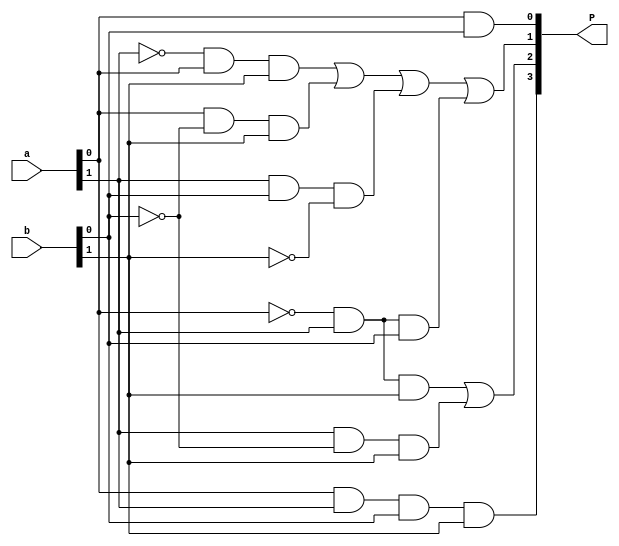
`timescale 1ns / 1ps
//////////////////////////////////////////////////////////////////////////////////
// Company: 
// Engineer: 
// 
// Design Name: 
// Module Name:    dec24 
// Project Name: 
// Target Devices: 
// Tool versions: 
// Description: 
//
// Dependencies: 
//
// Revision: 
// Revision 0.01 - File Created
// Additional Comments: 
//
//////////////////////////////////////////////////////////////////////////////////
module mult_arry (a, b, P);
input [1:0] a, b;
output [3:0] P;
/*For simplicity, propagation delay times are not 
considered in this example.*/
 assign P[0] = a[0] & b[0];
 assign P[1] = (~a[1] & a[0]& b [1]) | 
 (a[0] & ~b[0]& b [1])|
 (a[1] & b[0]& ~b [1]) | 
 (~a[0] & a[1]& b [0]);
 assign P[2] = (~a[0] & a[1]& b [1]) | 
 (a[1] & ~b[0]& b [1]);
 assign P[3] = (a[0] & a[1]& b[0] & b [1]);
endmodule